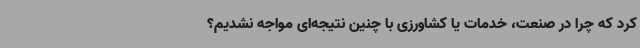
کرد که چرا در صنعت، خدمات یا کشاورزی با چنین نتیجه‌ای مواجه نشدیم؟